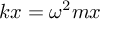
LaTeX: k x = \omega ^ { 2 } m x